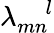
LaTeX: \lambda_{mn}^{\quad l}